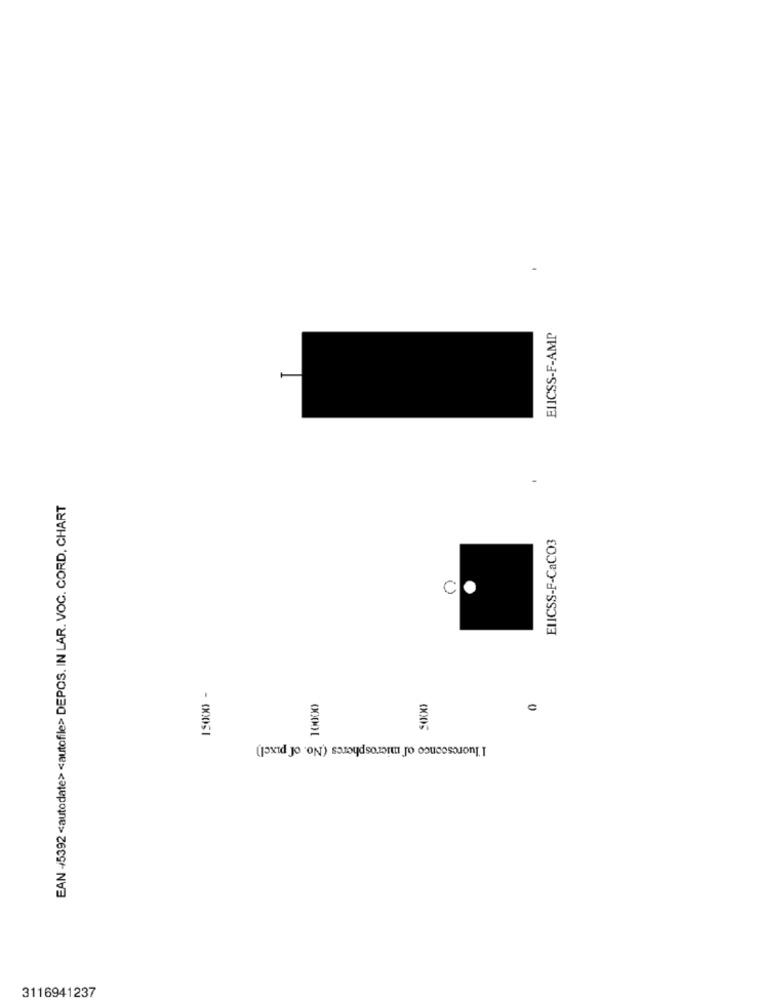
ELICSS-F-AMP
EAN /5392 <autodate> <autofile> DEPOS. IN LAR. VOC. CORD, CHART
ELICSS-F-CaCO3
cl
- 00051
00001
I'luoresconco of microspheres (No. of pixel)
3116941237